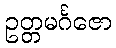
ဥတ္တမင်္ဂဇော